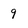
Character: 9